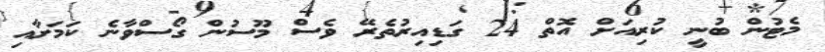
މެޓުން ބުނީ ކުރިއަށް އޮތް 24 ގަޑިއިރުތެރޭ ވެސް މޫސުން ގޯސްވާނެ ކަމަށާއި